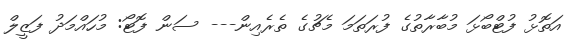
އަތޮޅު ފުޓްބޯޅަ މުބާރާތުގެ ފުރަތަމަ މެޗުގެ ތެރެއިން--- ސަން ފޮޓޯ: މުހައްމަދު ފަޒީލް